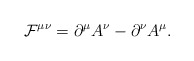
\begin{align*}{\cal F}^{\mu \nu} = \partial^{\mu} A^{\nu} - \partial^{\nu} A^{\mu}.\end{align*}